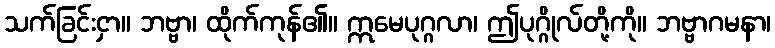
သက်ခြင်းငှာ။ ဘဗ္ဗာ၊ ထိုက်ကုန်၏။ ဣမေပုဂ္ဂလာ၊ ဤပုဂ္ဂိုလ်တို့ကို။ ဘဗ္ဗာဂမနာ၊